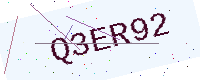
Text: Q3ER92